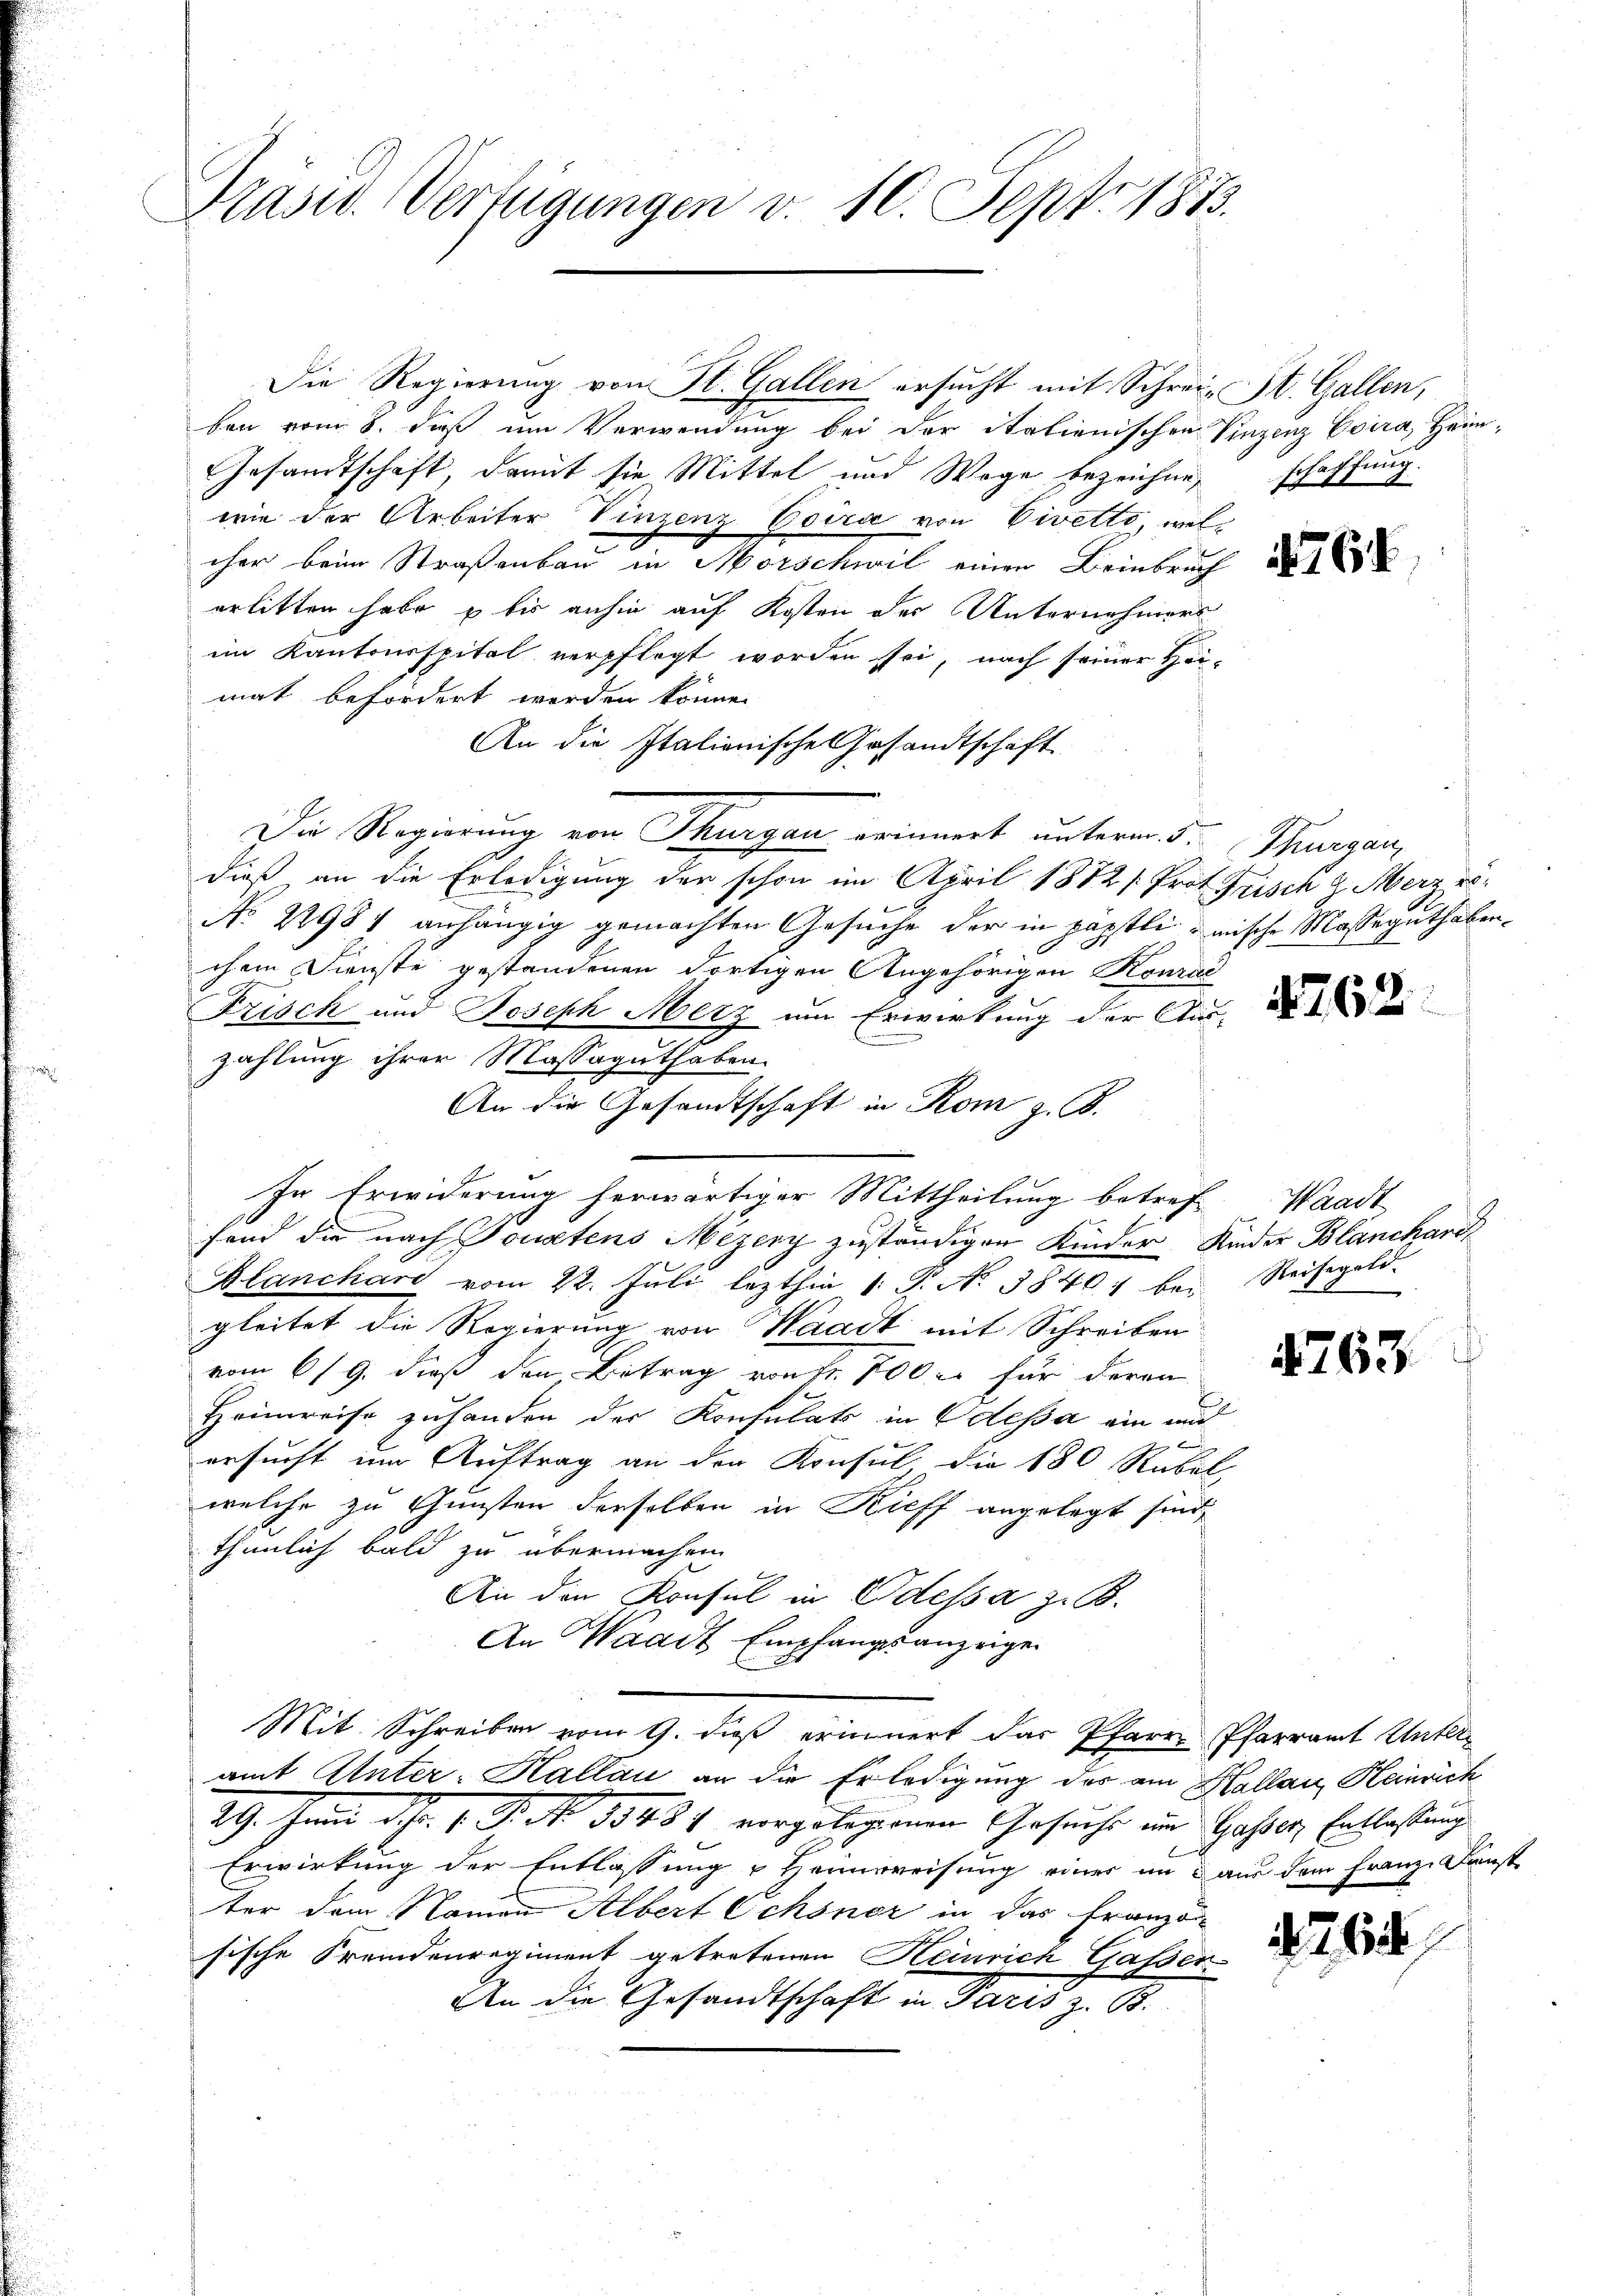
Präsid. Verfügungen v. 10. Sept. 1873.

Die Regierung von St. Gallen ersucht mit Schrei St. Gallen,
ben vom 8. dieß um Verwendung bei der italienischen Vinzenz Evira, Heim¬
Gesandtschaft, damit sie Mittel und Wage bezeichnewie der Arbeiter Vinzenz Coira von Vivetto, welcher beim Straßenbau in Morschwil einen Beinbruch
erlitten habe & bis anhin auf Kosten des Unternehmers
im Kantonsspital verpflegt worden sei, nach seiner Hei-
mat befördert worden könne.
An die Italienische Gesandtschaft
Die Regierung von Thurgau erinnert unterm 5.
dieß an die Erledigung der schon im April 1882 [Prot. Frisch 2. Merz vo
No 21981 anhängig gemachten Gesuche der in päpstli, mische Masseguthabenchem Dienste gestandenen dortigen Angehörigen Konra
Frisch und Joseph Merz um Erwirkung der Aus-
zahlung ihrer Massaguthaben.
An die Gesandtschaft in Rom z. B.
In Erwiderung herwärtiger Mittheilung betref. Waadt
fend die nach Toutens Mezery zuständigen Kinder Kinder Blanchard
Blanchard vom 22. Juli lezthin 1. P. N. 38401 bei Reisegeld.
gleitet die Regierung von Waadt mit Schreiben
vom 6/9. dieß den Betrag von Fr. 700 r. für deren
Heimreise zuhanden der Konsulats in Odessa ein und
ersucht um Auftrag an der Konsul die 180 Rubel
welche zu Gunsten derselben in Kieff angelegt sind,
thunlich bald zu übermachen.
An den Konsul in Odessa z. B.
An Waadt Empfangsanzeige
Mit Schreiben vom 9. dieß erinnert das Pfarr Pfarramt Unteramt Unter-Hallau an die Erledigung des am Hallau, Heinrich
29. Juni d. h. v. Fr. 18434 vorgelegenen Gesuche im Gasser Entlassung
Erwirkung der Entlassung u Heimweisung einer im aus dem Franze Kunst
ter dem Namen Albert Ochsner in das Franzon
sische Fremdenregiment getretenen Heinrich Gasser
An die Gesandtschaft in Paris z. B.

schaffung.

764

Thurgau

4762

4763

764